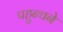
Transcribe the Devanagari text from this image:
पहुन्चने